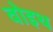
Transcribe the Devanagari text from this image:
वोइथ